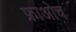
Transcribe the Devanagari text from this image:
फ्राओच